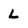
Character: L